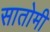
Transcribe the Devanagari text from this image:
सातोमी